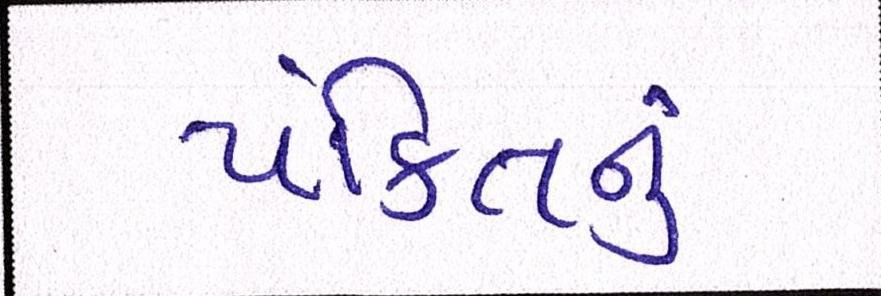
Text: પંક્તિનું